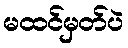
မထင်မှတ်ပဲ